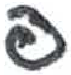
אות: פ